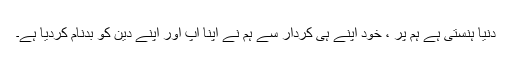
دنیا ہنستی ہے ہم پر ، خود اپنے ہی کردار سے ہم نے اپنا آپ اور اپنے دین کو بدنام کردیا ہے۔